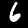
Digit: 6